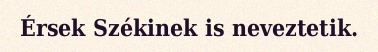
Érsek Székinek is neveztetik.